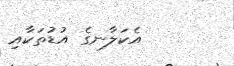
އެކަލާނގެ އުޑުތަކާއި